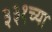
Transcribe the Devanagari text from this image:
३३१च्या